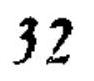
\(32\)